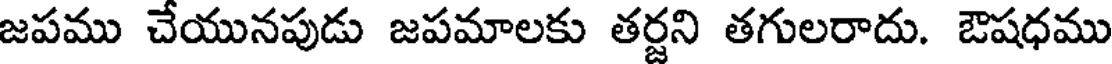
జపము చేయునపుడు జపమాలకు తర్జని తగులరాదు. ఔషధము